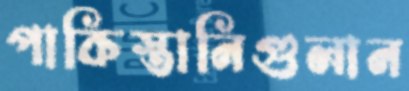
পাকিস্তানিগুলান